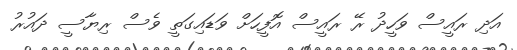
އަދި ރައީސް ވަހީދު ރޭ ރައީސް އޮފީހަށް ވަޑައިގަތީ ވެސް ރިޔާސީ ދައުރު